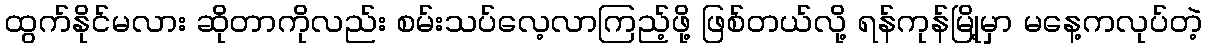
ထွက်နိုင်မလား ဆိုတာကိုလည်း စမ်းသပ်လေ့လာကြည့်ဖို့ ဖြစ်တယ်လို့ ရန်ကုန်မြို့မှာ မနေ့ကလုပ်တဲ့